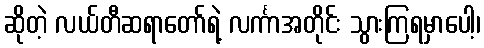
ဆိုတဲ့ လယ်တီဆရာတော်ရဲ့ လင်္ကာအတိုင်း သွားကြရမှာပေါ့၊